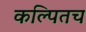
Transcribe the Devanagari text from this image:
कल्पितच